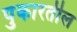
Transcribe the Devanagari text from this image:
पुकारतील